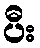
ပီး